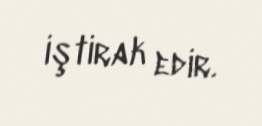
iştirak edir.